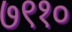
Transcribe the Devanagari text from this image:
७९१०